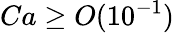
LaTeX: Ca\geq O(10^{-1})